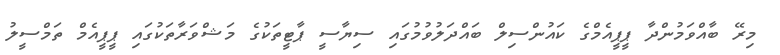
މިރޭ ބާއްވަމުންދާ ޕީޕީއެމްގެ ކައުންސިލް ބައްދަލުވުމުގައި ސިޔާސީ ޕާޓީތަކުގެ މަޝްވަރާތަކުގައި ޕީޕީއެމް ތަމްސީލު